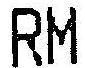
RM